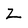
Character: Z